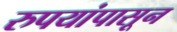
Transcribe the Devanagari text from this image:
रुपयांपासून